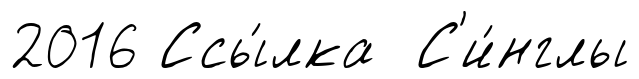
2016 Ссы́лка С'и́нглы